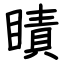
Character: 瞔